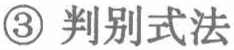
\textcircled{3} 判别式法